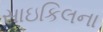
સાઇકિલના